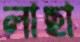
লাছা